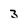
Character: 3